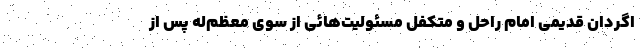
اگردان قدیمی امام راحل و متکفل مسئولیت‌هائی از سوی معظم‌له پس از